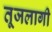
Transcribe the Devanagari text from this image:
तूजलागी